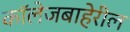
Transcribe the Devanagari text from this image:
कॉलेजबाहेरील